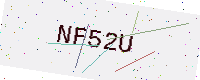
Text: NF52U